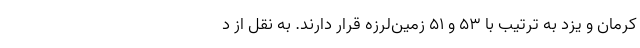
کرمان و یزد به ترتیب با ۵۳ و ۵۱ زمین‌لرزه قرار دارند. به نقل از د